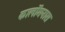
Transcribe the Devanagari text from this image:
कार्लोमनास